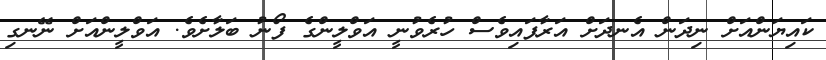
ކައިޔަންއަށް ނިދަން އެނދަށް އަރާފައިވެސް ހުރެވުނީ އަވްލީންގެ ފޯނު ބަލާށެވެ. އަވްލީންއަށް ނޭނގި